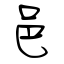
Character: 邑